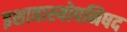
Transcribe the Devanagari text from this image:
इशावास्योपनिषद